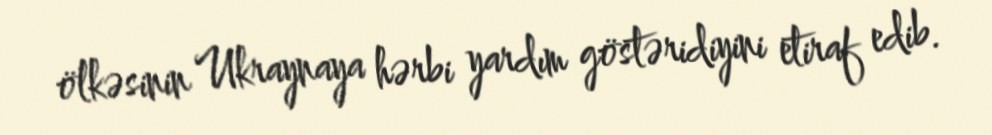
ölkəsinin Ukraynaya hərbi yardım göstəridiyini etiraf edib.